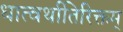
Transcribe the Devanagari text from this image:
धात्वर्थातिरिक्तम्